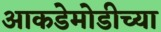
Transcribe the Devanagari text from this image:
आकडेमोडीच्या